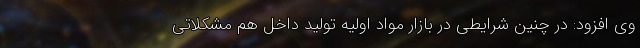
وی افزود: در چنین شرایطی در بازار مواد اولیه تولید داخل هم مشکلاتی